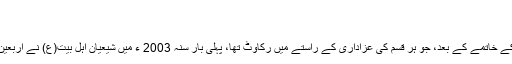
[18]
حالیہ برسوں میں[ترمیم]
عراق میں بعثی نظامِ حکومت کے خاتمے کے بعد، جو ہر قسم کی عزاداری کے راستے میں رکاوٹ تھا، پہلی بار سنہ 2003 ء میں شیعیان اہل بیت(ع) نے اربعین کے موقع پر کربلا کا رخ کیا۔